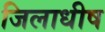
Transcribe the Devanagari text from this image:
जिलाधीष